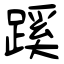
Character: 蹊